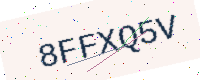
Text: 8FFXQ5V